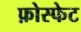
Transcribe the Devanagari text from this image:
फ़ोस्फेट